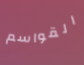
القواسم